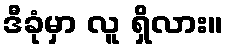
ဒီခုံမှာ လူ ရှိလား။